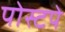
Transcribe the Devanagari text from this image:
पोस्टपे